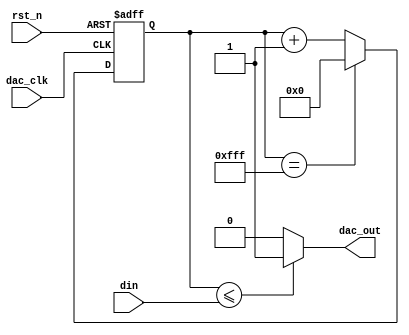
module DAC(
    input wire dac_clk,
    input wire rst_n,
    input wire [11:0] din,
    output wire dac_out//pwm
);

    parameter COUNT_MAX = 12'd4095;

    reg [11:0] count;

    always@(posedge	dac_clk or negedge rst_n)
        if(!rst_n)
            count <= 12'd0;
        else if(count == COUNT_MAX)
            count <= 12'd0;
        else
            count <= count + 1'b1;

    assign dac_out = (count <= din)?1'b1:1'b0;

endmodule